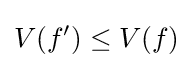
V(f')\leq V(f)